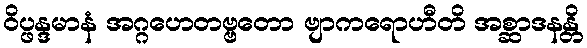
ဝိပ္ဖန္ဒမာနံ အဂ္ဂဟေတဗ္ဗတော ဗျာကရောဟီတိ အစ္ဆာဒနန္တိ